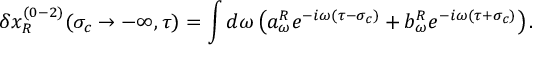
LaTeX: \delta x _ { R } ^ { ( 0 - 2 ) } ( \sigma _ { c } \rightarrow - \infty , \tau ) = \int d \omega \left( a _ { \omega } ^ { R } e ^ { - i \omega ( \tau - \sigma _ { c } ) } + b _ { \omega } ^ { R } e ^ { - i \omega ( \tau + \sigma _ { c } ) } \right) .